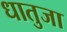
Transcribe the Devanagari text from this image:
धातुजा